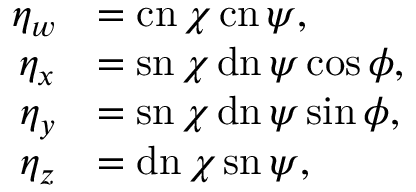
{ \begin{array} { r l } { \eta _ { w } } & { = \operatorname { c n } \chi \operatorname { c n } \psi , } \\ { \eta _ { x } } & { = \operatorname { s n } \chi \operatorname { d n } \psi \cos \phi , } \\ { \eta _ { y } } & { = \operatorname { s n } \chi \operatorname { d n } \psi \sin \phi , } \\ { \eta _ { z } } & { = \operatorname { d n } \chi \operatorname { s n } \psi , } \end{array} }